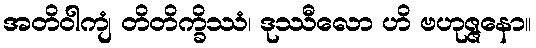
အတိဝါကျံ တိတိက္ခိဿံ၊ ဒုဿီလော ဟိ ဗဟုဇ္ဇနော။